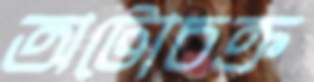
অটোচক্র